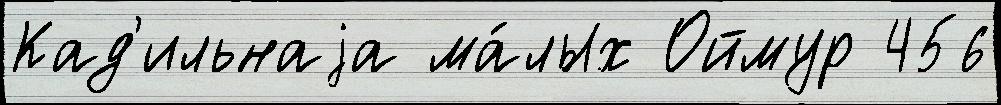
Кад'ильнаjа ма́лых Оймур 456